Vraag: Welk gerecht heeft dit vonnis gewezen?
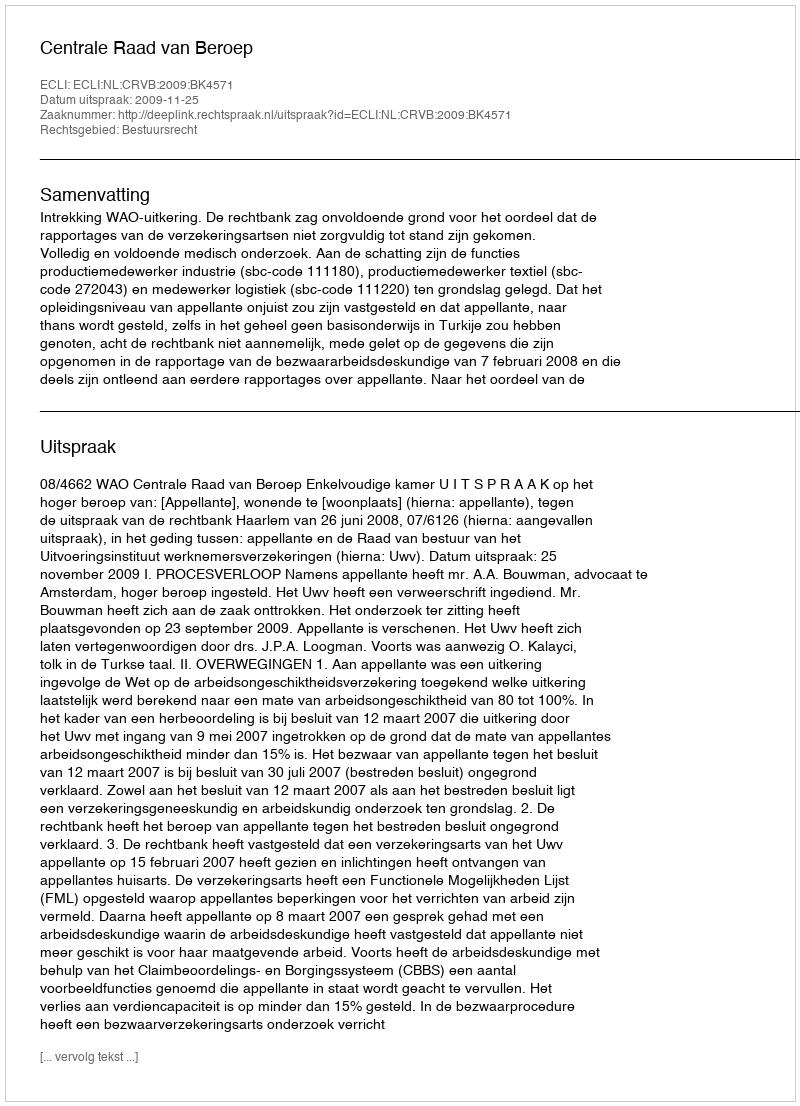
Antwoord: Centrale Raad van Beroep